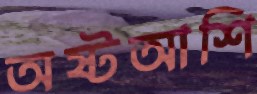
অষ্টআশি